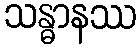
သန္ဓာနဿ